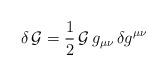
LaTeX: \begin{align*}\delta\,{\cal G}=\frac{1}{2}\,{\cal G}\,g_{\mu\nu}\,\delta g^{\mu\nu}\end{align*}